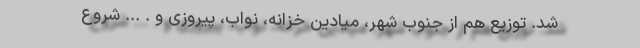
شد. توزیع هم از جنوب شهر، میادین خزانه، نواب، پیروزی و . ... شروع